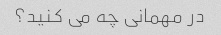
در مهمانی چه می کنید؟